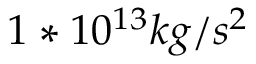
1 * 1 0 ^ { 1 3 } k g / s ^ { 2 }